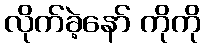
လိုက်ခဲ့နော် ကိုကို